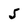
Character: 5